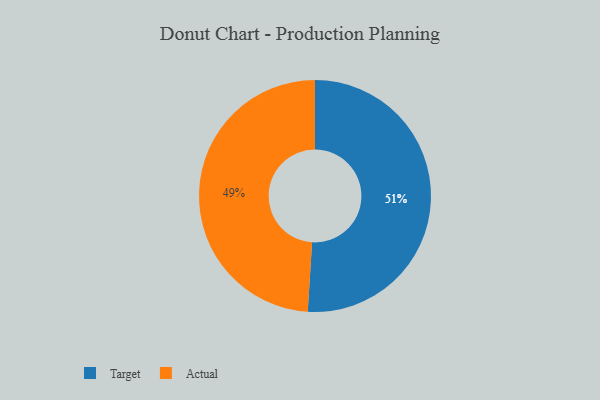
{"axis": {"x": "Category", "y": "Percentage"}, "legend": ["Actual", "Target"], "data": [{"x": "Actual", "y": 49, "type": "Actual"}, {"x": "Target", "y": 51, "type": "Target"}]}